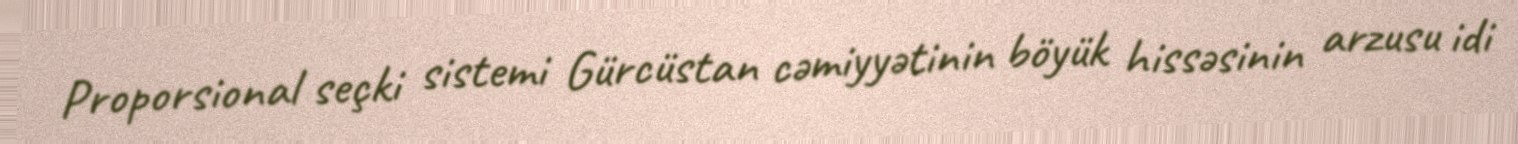
Proporsional seçki sistemi Gürcüstan cəmiyyətinin böyük hissəsinin arzusu idi